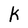
Character: k